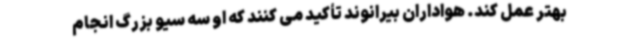
بهتر عمل کند. هواداران بیرانوند تأکید می کنند که او سه سیو بزرگ انجام